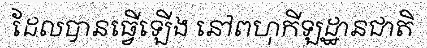
ដែលបានធ្វើឡើង នៅពហុកីឡដ្ឋានជាតិ